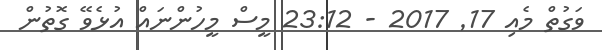
ވަގުތް މެއި 17